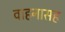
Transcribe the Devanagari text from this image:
वाहनासह